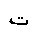
Letter: _ta